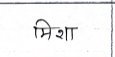
मजकूर: मिशा